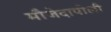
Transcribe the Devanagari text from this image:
मौजेदापोली